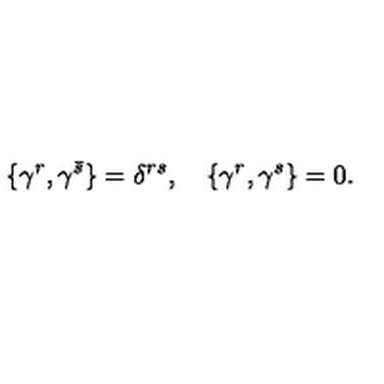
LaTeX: \{ \gamma ^ { r } , \gamma ^ { \bar { s } } \} = \delta ^ { r s } , \quad \{ \gamma ^ { r } , \gamma ^ { s } \} = 0 .